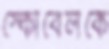
স্কোবেলকে